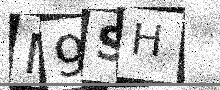
Text: M9SH